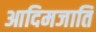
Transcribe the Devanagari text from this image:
आदिमजाति